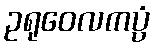
ဥရုဝေလကပ္ပံ